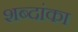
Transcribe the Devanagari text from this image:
शब्दांका